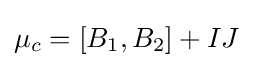
\displaystyle \mu _{c}=[B_{1},B_{2}]+IJ